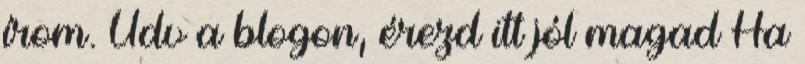
írom. Üdv a blogon, érezd itt jól magad Ha